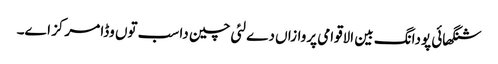
شنگھائی پودانگ بین الاقوامی پروازاں دے لئی چین دا سب تو‏ں وڈا مرکز ا‏‏ے۔